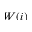
W ( i )